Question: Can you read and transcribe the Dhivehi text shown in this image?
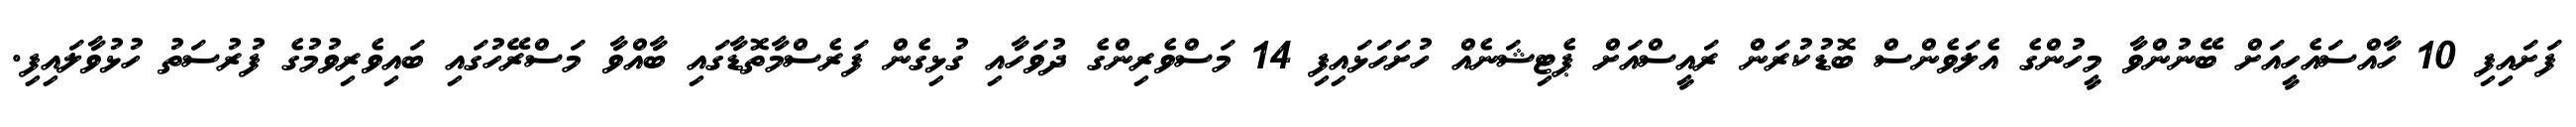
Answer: ފަށައިފި 10 ހާއްސައެހީއަށް ބޭނުންވާ މީހުންގެ އެލަވެންސް ބޮޑުކުރަން ރައީސްއަށް ޕެޓިޝަނެއް ހުށަހަޅައިފި 14 މަސްވެރިންގެ ދުވަހާއި ގުޅިގެން ފަރެސްމާތޮޑާގައި ބާއްވާ މަސްރޭހުގައި ބައިވެރިވުމުގެ ފުރުސަތު ހުޅުވާލައިފި.